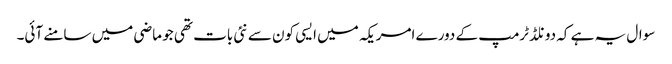
سوال یہ ہے کہ دونلڈ ٹرمپ کے دورے امریکہ میں ایسی کون سے نئی بات تھی جو ماضی میں سامنے آئی۔